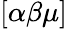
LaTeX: [\alpha\beta\mu]